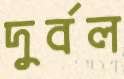
দুর্বল